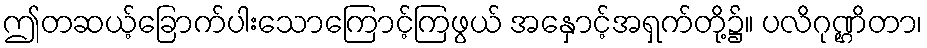
ဤတဆယ့်ခြောက်ပါးသောကြောင့်ကြဖွယ် အနှောင့်အရှက်တို့၌။ ပလိဂုဏ္ဌိတာ၊